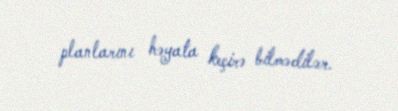
planlarını həyata keçirə bilmədilər.